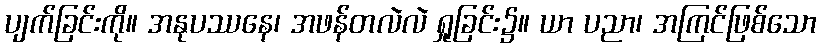
ပျက်ခြင်းကို။ အနုပဿနေ၊ အဖန်တလဲလဲ ရှုခြင်း၌။ ယာ ပညာ၊ အကြင်ဖြစ်သော